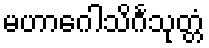
မဟာဂေါသိင်္ဂသုတ္တံ